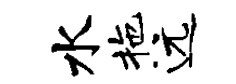
水拖远